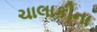
ચાલાકીના